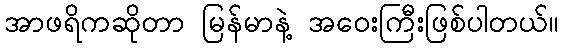
အာဖရိကဆိုတာ မြန်မာနဲ့ အဝေးကြီးဖြစ်ပါတယ်။